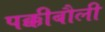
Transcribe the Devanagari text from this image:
पक्कीबौली